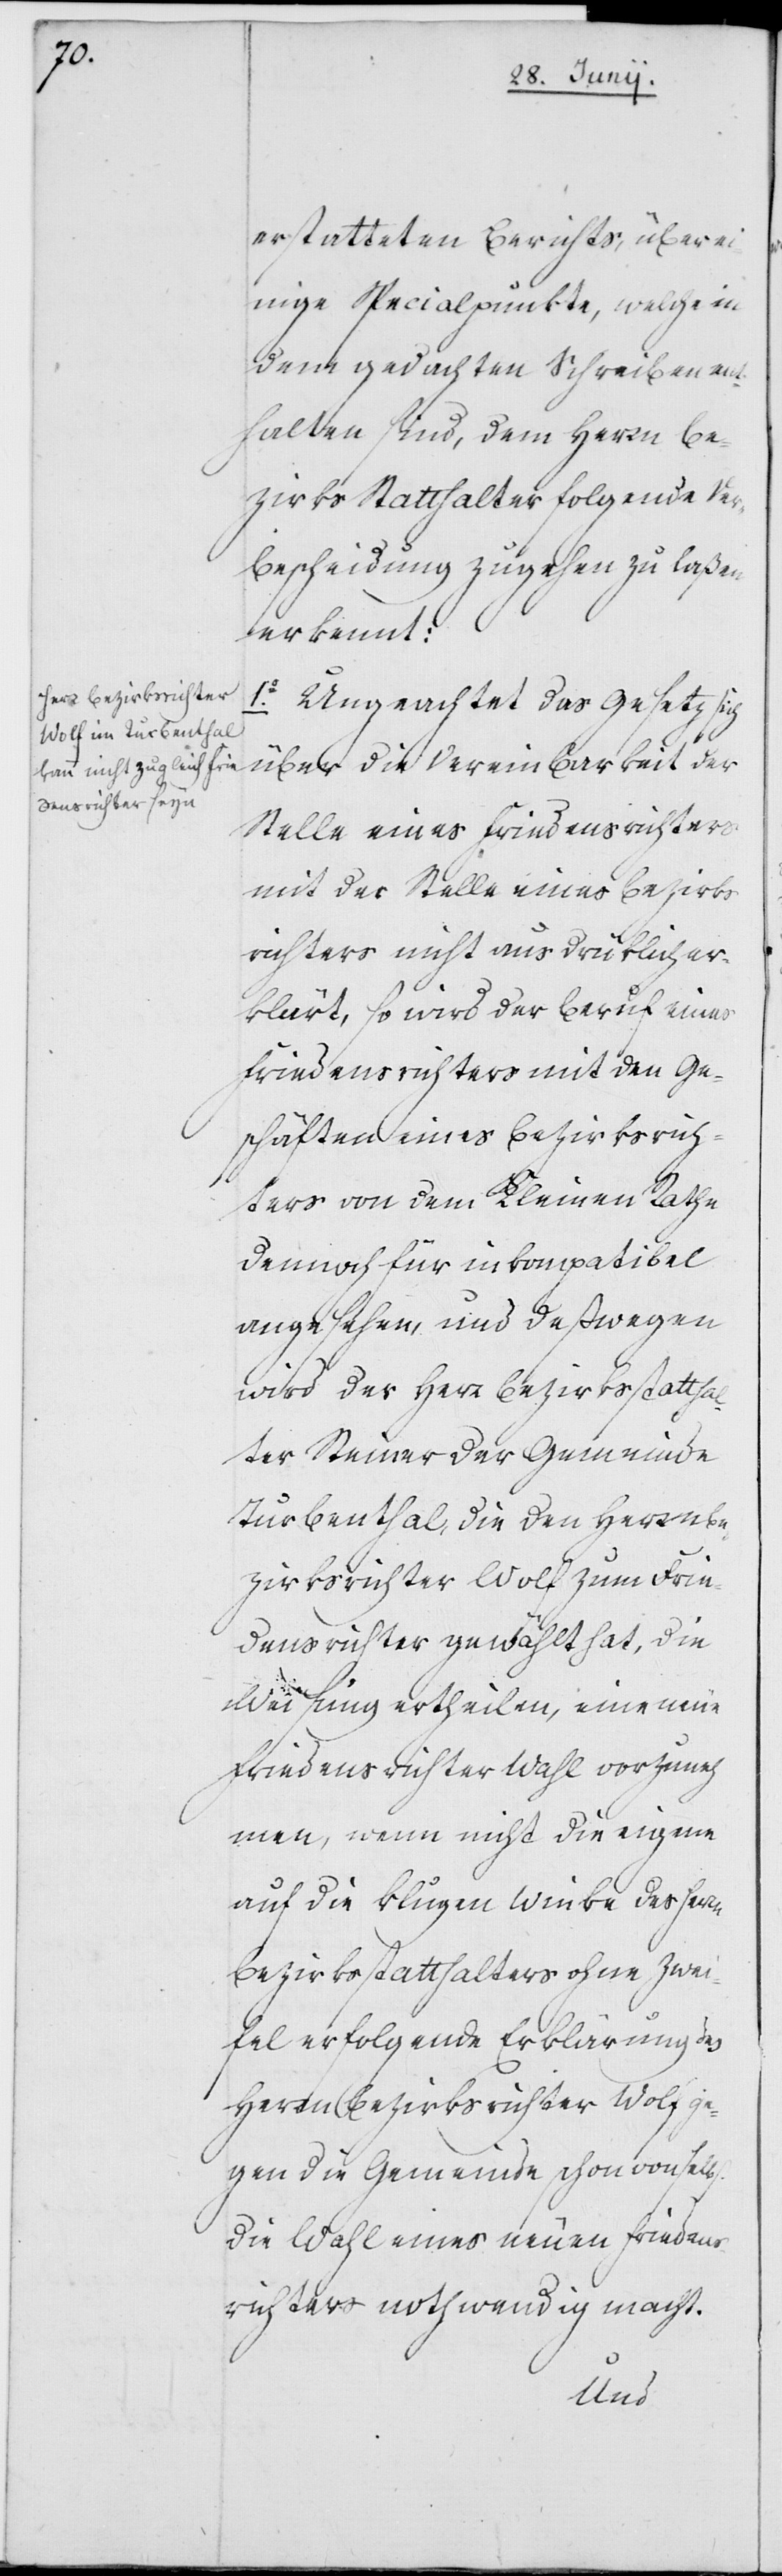
erstatteten Berichts, über e¬
inige Specialpunkte, welche in
dem gedachten Schreiben ent¬
halten sind, dem Herrn Be¬
zirks Statthalter folgende Ver¬
bescheidung zugehen zu laßen,
erkennt:
1o. Ungeachtet das Gesetz sich
über die Vereinbarkeit der
Stelle eines Friedensrichters
mit der Stelle eines Bezirks¬
richters nicht ausdrüklich er¬
klärt, so wird der Beruf eines
Friedensrichters mit den Ge¬
schäften eines Bezirksrich¬
ters von dem Kleinen Rathe
dennoch für inkompatibel
angesehen, und deßwegen
wird der Herr Bezirksstatthal¬
ter Steiner der Gemeinde
Turbenthal, die den Herrn Be¬
zirksrichter Wolf zum Frie¬
densrichter gewählt hat, die
Weisung ertheilen, eine neue
Friedensrichterwahl vorzuneh¬
men, wenn nicht die eigene
auf die klugen Winke des Herrn
Bezirkstatthalters ohne Zwei¬
fel erfolgende Erklärung des
Herrn Bezirksrichter Wolf ge¬
gen die Gemeinde schon von selbst
die Wahl eines neuen Friedens¬
richters nothwendig macht.